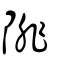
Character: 陫